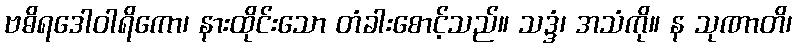
ဗဓိရဒေါဝါရိကော၊ နားထိုင်းသော တံခါးစောင့်သည်။ သဒ္ဒံ၊ အသံကို။ န သုဏာတိ၊